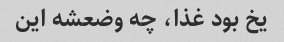
یخ بود غذا، چه وضعشه این